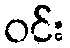
ဝင်း